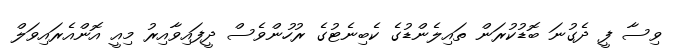
ވިސާ ފީ ދެގުނަ ބޮޑުކުރަން ތައިލެންޑުގެ ކެބިނެޓުގެ ރުހުންވެސް ދީފައިވާއިރު މިއީ އޮންއެރައިވަލް